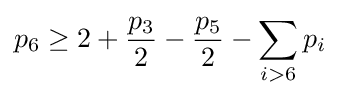
p_{6}\geq 2+{\frac {p_{3}}{2}}-{\frac {p_{5}}{2}}-\sum _{i>6}p_{i}